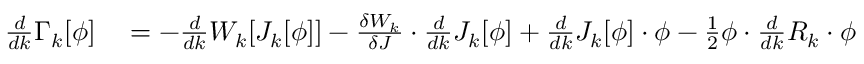
\begin{array} { r l } { { \frac { d } { d k } } \Gamma _ { k } [ \phi ] } & { { } = - { \frac { d } { d k } } W _ { k } [ J _ { k } [ \phi ] ] - { \frac { \delta W _ { k } } { \delta J } } \cdot { \frac { d } { d k } } J _ { k } [ \phi ] + { \frac { d } { d k } } J _ { k } [ \phi ] \cdot \phi - { \frac { 1 } { 2 } } \phi \cdot { \frac { d } { d k } } R _ { k } \cdot \phi } \end{array}